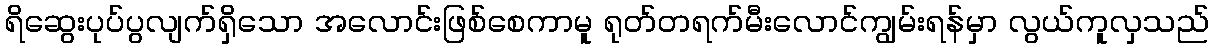
ရိဆွေးပုပ်ပွလျက်ရှိသော အလောင်းဖြစ်စေကာမူ ရုတ်တရက်မီးလောင်ကျွမ်းရန်မှာ လွယ်ကူလှသည်